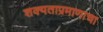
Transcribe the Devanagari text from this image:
शक्यताप्रमाणाचा